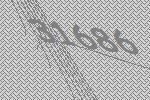
31686